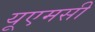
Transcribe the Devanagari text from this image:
यूएमसी